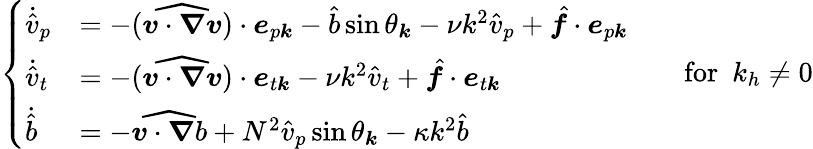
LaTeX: \begin{array}{r}{\left\{ \begin{array}{ll}{\dot{\hat{v}}_{p}}&{=-(\widehat{\boldsymbol{v}\cdot\boldsymbol{\nabla}\boldsymbol{v}})\cdot\boldsymbol{e}_{p\boldsymbol{k}}-\hat{b}\sin\theta_{\boldsymbol{k}}-\nu k^{2}\hat{v}_{p}+\hat{\boldsymbol{f}}\cdot\boldsymbol{e}_{p\boldsymbol{k}}}\\ {\dot{\hat{v}}_{t}}&{=-(\widehat{\boldsymbol{v}\cdot\boldsymbol{\nabla}\boldsymbol{v}})\cdot\boldsymbol{e}_{t\boldsymbol{k}}-\nu k^{2}\hat{v}_{t}+\hat{\boldsymbol{f}}\cdot\boldsymbol{e}_{t\boldsymbol{k}}}\\ {\dot{\hat{b}}}&{=-\widehat{\boldsymbol{v}\cdot\boldsymbol{\nabla}b}+N^{2}\hat{v}_{p}\sin\theta_{\boldsymbol{k}}-\kappa k^{2}\hat{b}}\end{array}\right.~~~~~~~~\mathrm{for~}~k_{h}\neq 0}\end{array}